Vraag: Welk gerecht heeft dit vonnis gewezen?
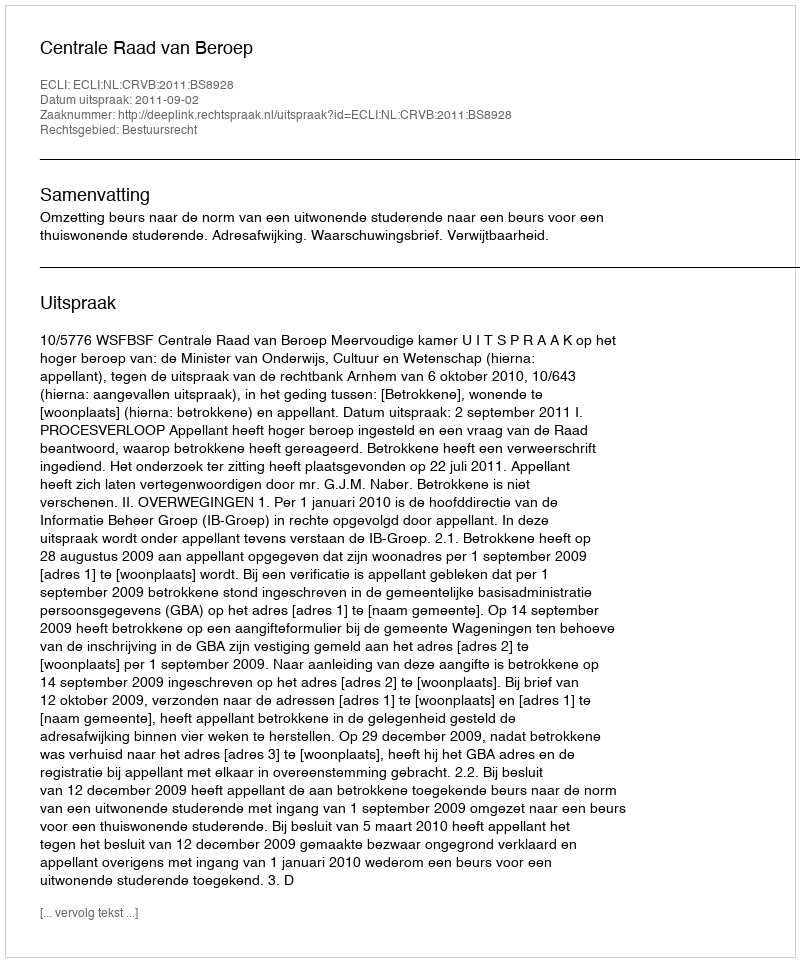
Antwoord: Centrale Raad van Beroep